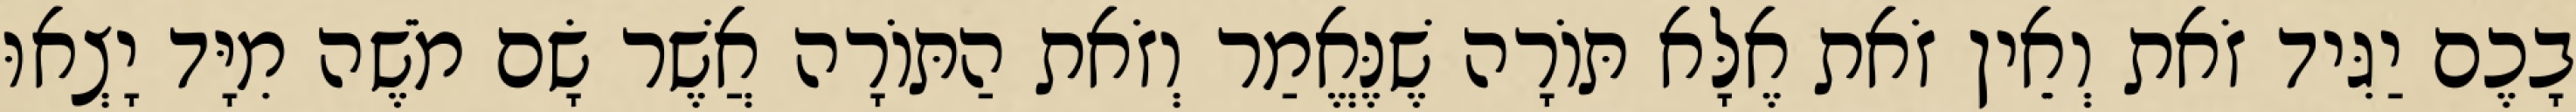
בָכֶם יַגִּיד זֹאת וְאֵין זֹאת אֶלָּא תּוֹרָה שֶׁנֶּאֱמַר וְזֹאת הַתּוֹרָה אֲשֶׁר שָׂם מֹשֶׁה מִיָּד יָצְאוּ